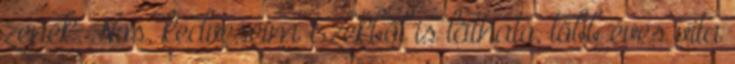
zenék. Nos, kedveseim Ezekből is látható, több éves vita